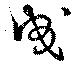
曵